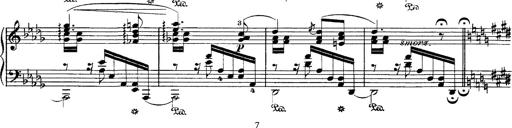
Title: Hungarian Rhapsody No.1
Composer: Franz Liszt
Key: C-sharp minor